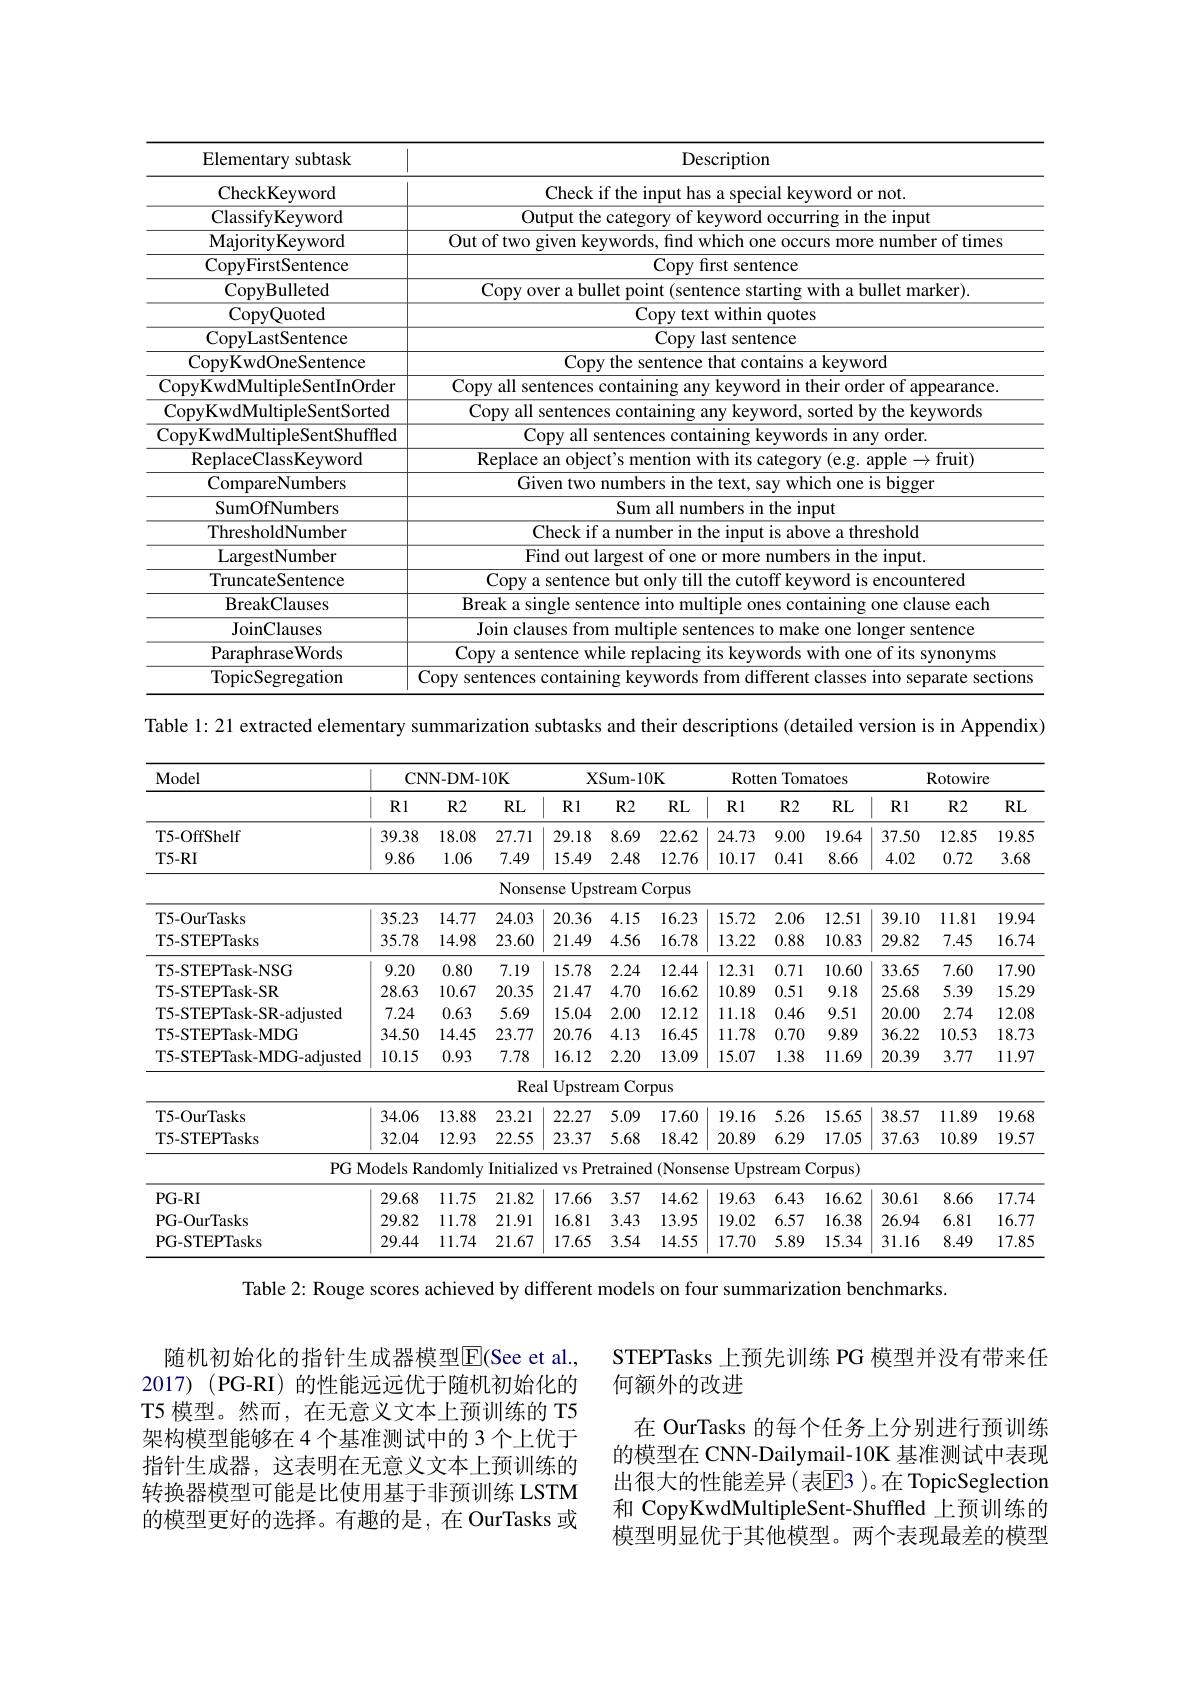
<table>
	<tbody>
		<tr>
			<th>Elementary subtask</th>
			<th>Description</th>
		</tr>
		<tr>
			<td>CheckKeyword</td>
			<td>Check if the inp word or not</td>
		</tr>
		<tr>
			<td>ClassifyKeyword</td>
			<td>Output the categor of kevword occurring in the input</td>
		</tr>
		<tr>
			<td>MajorityKeyword</td>
			<td>Out of two given kevwords. hma |which( more number of times</td>
		</tr>
		<tr>
			<td>CopyFirstSentence</td>
			<td>Copy first sentence</td>
		</tr>
		<tr>
			<td>CopyBulleted</td>
			<td>Conv ONer a hullet t arrino with a bullet marker)</td>
		</tr>
		<tr>
			<td>CopyQuoted</td>
			<td>Copy text within quotes</td>
		</tr>
		<tr>
			<td>CopyLastSentence</td>
			<td>Copy last sentence</td>
		</tr>
		<tr>
			<td>CopyKwdOneSentence</td>
			<td>Copv the sentence t contains a kevword</td>
		</tr>
		<tr>
			<td>CopyKwdMultipleSentInOrder</td>
			<td>Conv all sentences Lin rheir c order ot annearance</td>
		</tr>
		<tr>
			<td>CopyKwdMultipleSentSorted</td>
			<td>Copy all sentences v kevword. sorted bv the kevwords</td>
		</tr>
		<tr>
			<td>CopyKwdMultipleSentShuffled</td>
			<td>Copv all sentences kevwords in anv order</td>
		</tr>
		<tr>
			<td>ReplaceClassKeyword</td>
			<td>Renlace an ople$\to$fruit</td>
		</tr>
		<tr>
			<td>CompareNumbers</td>
			<td>Given two r $mbers1n$ 11 the which one is bigger</td>
		</tr>
		<tr>
			<td>SumOfNumbers</td>
			<td>Sum all numbers in the input</td>
		</tr>
		<tr>
			<td>ThresholdNumber</td>
			<td>Check if a number in the t is above a threshold</td>
		</tr>
		<tr>
			<td>LargestNumber</td>
			<td>Find out largest tof one more numbers in the input</td>
		</tr>
		<tr>
			<td>TruncateSentence</td>
			<td>$0mL$ encountered</td>
		</tr>
		<tr>
			<td>BreakClauses</td>
			<td>Break a sino rle sentence into mu iltinle containing one clause each</td>
		</tr>
		<tr>
			<td>JoinClauses</td>
			<td>loin clauses onger sentence</td>
		</tr>
		<tr>
			<td>ParaphraseWords</td>
			<td>Copv a sentence v while replacin vwords with one ot i its svnonvms</td>
		</tr>
		<tr>
			<td>TopicSegregation</td>
			<td>sections</td>
		</tr>
	</tbody>
</table>

Table l: 21 extracted elementary summarization subtasks and their descriptions (detailed version is in Appendix)

<table>
	<tbody>
		<tr>
			<th rowspan="2">Model</th>
			<th colspan="3">CNN- DM- 10K</th>
			<th colspan="3">XSum- 10K</th>
			<th colspan="3">Rotten Tomatoes</th>
			<th colspan="3">Rotowire</th>
		</tr>
		<tr>
			<th>Rl</th>
			<th>$R2$</th>
			<th>$RL$</th>
			<th>$Rl$</th>
			<th>$R2$</th>
			<th>$RL$</th>
			<th>Rl</th>
			<th>$R2$</th>
			<th>$RL$</th>
			<th>Rl</th>
			<th>$R2$</th>
			<th>$RL$</th>
		</tr>
		<tr>
			<td>T5-OffShelf</td>
			<td>39.38</td>
			<td>18.08</td>
			<td>27.71</td>
			<td>29.18</td>
			<td>8.69</td>
			<td>22.62</td>
			<td>24.73</td>
			<td>9.00</td>
			<td>19.64</td>
			<td>37.50</td>
			<td>12.85</td>
			<td>19.85</td>
		</tr>
		<tr>
			<td>T5- RI</td>
			<td>9.86</td>
			<td>1.06</td>
			<td>7.49</td>
			<td>15.49</td>
			<td>2.48</td>
			<td>12.76</td>
			<td>10.17</td>
			<td>0.41</td>
			<td>8.66</td>
			<td>4.02</td>
			<td>0.72</td>
			<td>3.68</td>
		</tr>
		<tr>
			<td> </td>
			<td> </td>
			<td> </td>
			<td>Nonse</td>
			<td>Ups {:}nse</td>
			<td>tream</td>
			<td>zorpus</td>
			<td> </td>
			<td> </td>
			<td> </td>
			<td> </td>
			<td> </td>
			<td> </td>
		</tr>
		<tr>
			<td>T5-OurTasks</td>
			<td>35.23</td>
			<td>14.77</td>
			<td>24.03</td>
			<td>20.36</td>
			<td>4.15</td>
			<td>16.23</td>
			<td>15.72</td>
			<td>2.06</td>
			<td>12.51</td>
			<td>39.10</td>
			<td>11.81</td>
			<td>19.94</td>
		</tr>
		<tr>
			<td>T5-STEPTasks</td>
			<td>35.78</td>
			<td>14.98</td>
			<td>23.60</td>
			<td>21.49</td>
			<td>4.56</td>
			<td>16.78</td>
			<td>13.22</td>
			<td>0.88</td>
			<td>10.83</td>
			<td>29.82</td>
			<td>7.45</td>
			<td>16.74</td>
		</tr>
		<tr>
			<td>T5-STEPTask-NSG</td>
			<td>9.20</td>
			<td>0.80</td>
			<td>7.19</td>
			<td>15.78</td>
			<td>2.24</td>
			<td>12.44</td>
			<td>12.31</td>
			<td>0.71</td>
			<td>10.60</td>
			<td>33.65</td>
			<td>7.60</td>
			<td>$17.9C$</td>
		</tr>
		<tr>
			<td>T5-STEPTask-SR</td>
			<td>28.63</td>
			<td>10.67</td>
			<td>20.35</td>
			<td>21.47</td>
			<td>4.70</td>
			<td>16.62</td>
			<td>10.89</td>
			<td>0.51</td>
			<td>9.18</td>
			<td>25.68</td>
			<td>5.39</td>
			<td>15.29</td>
		</tr>
		<tr>
			<td>T5-STEPTask-SR-adjusted</td>
			<td>7.24</td>
			<td>0.63</td>
			<td>5.69</td>
			<td>15.04</td>
			<td>2.00</td>
			<td>12.12</td>
			<td>11.18</td>
			<td>0.46</td>
			<td>9.51</td>
			<td>20.00</td>
			<td>2.74</td>
			<td>12.08</td>
		</tr>
		<tr>
			<td>T5-STEPTask-MDG</td>
			<td>34.50</td>
			<td>14.45</td>
			<td>23.77</td>
			<td>20.76</td>
			<td>4.13</td>
			<td>16.45</td>
			<td>11.78</td>
			<td>0.70</td>
			<td>9.89</td>
			<td>36.22</td>
			<td>10.53</td>
			<td>18.73</td>
		</tr>
		<tr>
			<td>T5-STEPTask-MDG-adjusted</td>
			<td>10.15</td>
			<td>0.93</td>
			<td>7.78</td>
			<td>16.12</td>
			<td>2.20</td>
			<td>13.09</td>
			<td>15.07</td>
			<td>1.38</td>
			<td>11.69</td>
			<td>20.39</td>
			<td>3.77</td>
			<td>11.97</td>
		</tr>
		<tr>
			<td> </td>
			<td> </td>
			<td> </td>
			<td>Rea</td>
			<td>ul Upstre</td>
			<td>Cor am</td>
			<td>pus</td>
			<td> </td>
			<td> </td>
			<td> </td>
			<td> </td>
			<td> </td>
			<td> </td>
		</tr>
		<tr>
			<td>T5-OurTasks</td>
			<td>34.06</td>
			<td>13.88</td>
			<td>23.21</td>
			<td>22.27</td>
			<td>5.09</td>
			<td>17.60</td>
			<td>19.16</td>
			<td>5.26</td>
			<td>15.65</td>
			<td>38.57</td>
			<td>11.89</td>
			<td>19.68</td>
		</tr>
		<tr>
			<td>T5-STEPTasks</td>
			<td>32.04</td>
			<td>12.93</td>
			<td>22.55</td>
			<td>23.37</td>
			<td>5.68</td>
			<td>18.42</td>
			<td>20.89</td>
			<td>6.29</td>
			<td>17.05</td>
			<td>37.63</td>
			<td>10.89</td>
			<td>19.57</td>
		</tr>
		<tr>
			<td>$PGM$</td>
			<td>1odels Ra</td>
			<td>andomly</td>
			<td>Initializ</td>
			<td>$ed$ $vs$ Pru</td>
			<td>etrained</td>
			<td>1(Nonse</td>
			<td>$Ups1$ {:}nse</td>
			<td>tream</td>
			<td>$Corpus)$</td>
			<td> </td>
			<td> </td>
			<td> </td>
		</tr>
		<tr>
			<td>$PG-RI$</td>
			<td>29.68</td>
			<td>11.75</td>
			<td>21.82</td>
			<td>17.66</td>
			<td>3.57</td>
			<td>14.62</td>
			<td>19.63</td>
			<td>6.43</td>
			<td>16.62</td>
			<td>30.61</td>
			<td>8.66</td>
			<td>17.74</td>
		</tr>
		<tr>
			<td>PG-OurTasks</td>
			<td>29.82</td>
			<td>11.78</td>
			<td>21.91</td>
			<td>16.81</td>
			<td>3.43</td>
			<td>13.95</td>
			<td>19.02</td>
			<td>6.57</td>
			<td>16.38</td>
			<td>26.94</td>
			<td>6.81</td>
			<td>16.77</td>
		</tr>
		<tr>
			<td>PG-STEPTasks</td>
			<td>29.44</td>
			<td>11.74</td>
			<td>21.67</td>
			<td>17.65</td>
			<td>3.54</td>
			<td>14.55</td>
			<td>17.70</td>
			<td>5.89</td>
			<td>15.34</td>
			<td>31.16</td>
			<td>8.49</td>
			<td>17.85</td>
		</tr>
	</tbody>
</table>
Table 2: Rouge scores achieved by different models on four summarization benchmarks.

随机初始化的指针生成器模型$\overline{\mathrm{E}}($See et al., 2017)(PG-RI)的性能远远优于随机初始化的T5 模型。然而，在无意义文本上预训练的 T5架构模型能够在4个基准测试中的 3 个上优于指针生成器，这表明在无意义文本上预训练的转换器模型可能是比使用基于非预训练 LSTM 的模型更好的选择。有趣的是，在 OurTasks 或

STEPTasks 上预先训练 PG 模型并没有带来任
何额外的改进
在 OurTasks 的每个任务上分别进行预训练的模型在 CNN-Dailymail-10K 基准测试中表现出很大的性能差异(表$\overline{\mathrm{E}}$3 )。在 TopicSeglection 和 CopyKwdMultipleSent-Shuffled 上预训练的模型明显优于其他模型。两个表现最差的模型